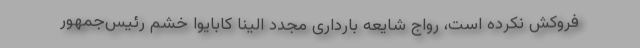
فروکش نکرده است، رواج شایعه بارداری مجدد الینا کابایوا خشم رئیس‌جمهور